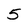
Character: 5